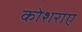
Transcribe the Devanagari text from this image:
कोशराए